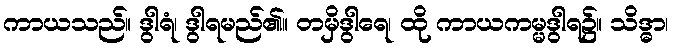
ကာယသည်။ ဒွါရံ၊ ဒွါရမည်၏။ တမှိဒွါရေ၊ ထို ကာယကမ္မဒွါရ၌။ သိဒ္ဓာ၊